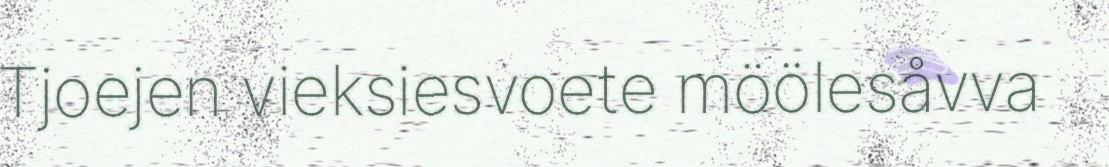
Tjoejen vieksiesvoete möölesåvva